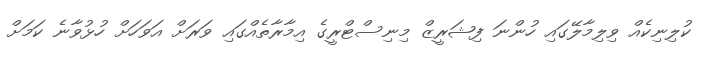
ކުލިނިކެއް ވިލިމާލޭގައި ހުންނަ ފިޝަރީޒް މިނިސްޓްރީގެ އިމާރާތެއްގައި ވަރަށް އަވަހަށް ހުޅުވާނެ ކަމަށް